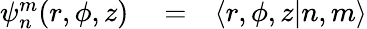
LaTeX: \begin{array}{rlr}{\psi_{n}^{m}(r,\phi,z)}&{{}=}&{\left\langle r,\phi,z|n,m\right\rangle}\end{array}